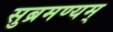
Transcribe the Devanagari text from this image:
सुब्रमण्यम्